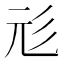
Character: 𢒇